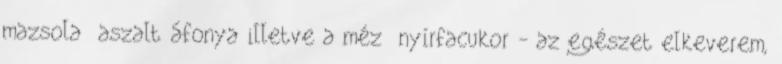
mazsola aszalt áfonya illetve a méz nyírfacukor - az egészet elkeverem,